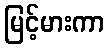
မြင့်မားကာ